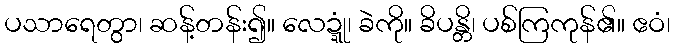
ပသာရေတွာ၊ ဆန့်တန်း၍။ လေဍ္ဍုံ၊ ခဲကို။ ခိပန္တိ၊ ပစ်ကြကုန်၏။ ဧဝံ၊